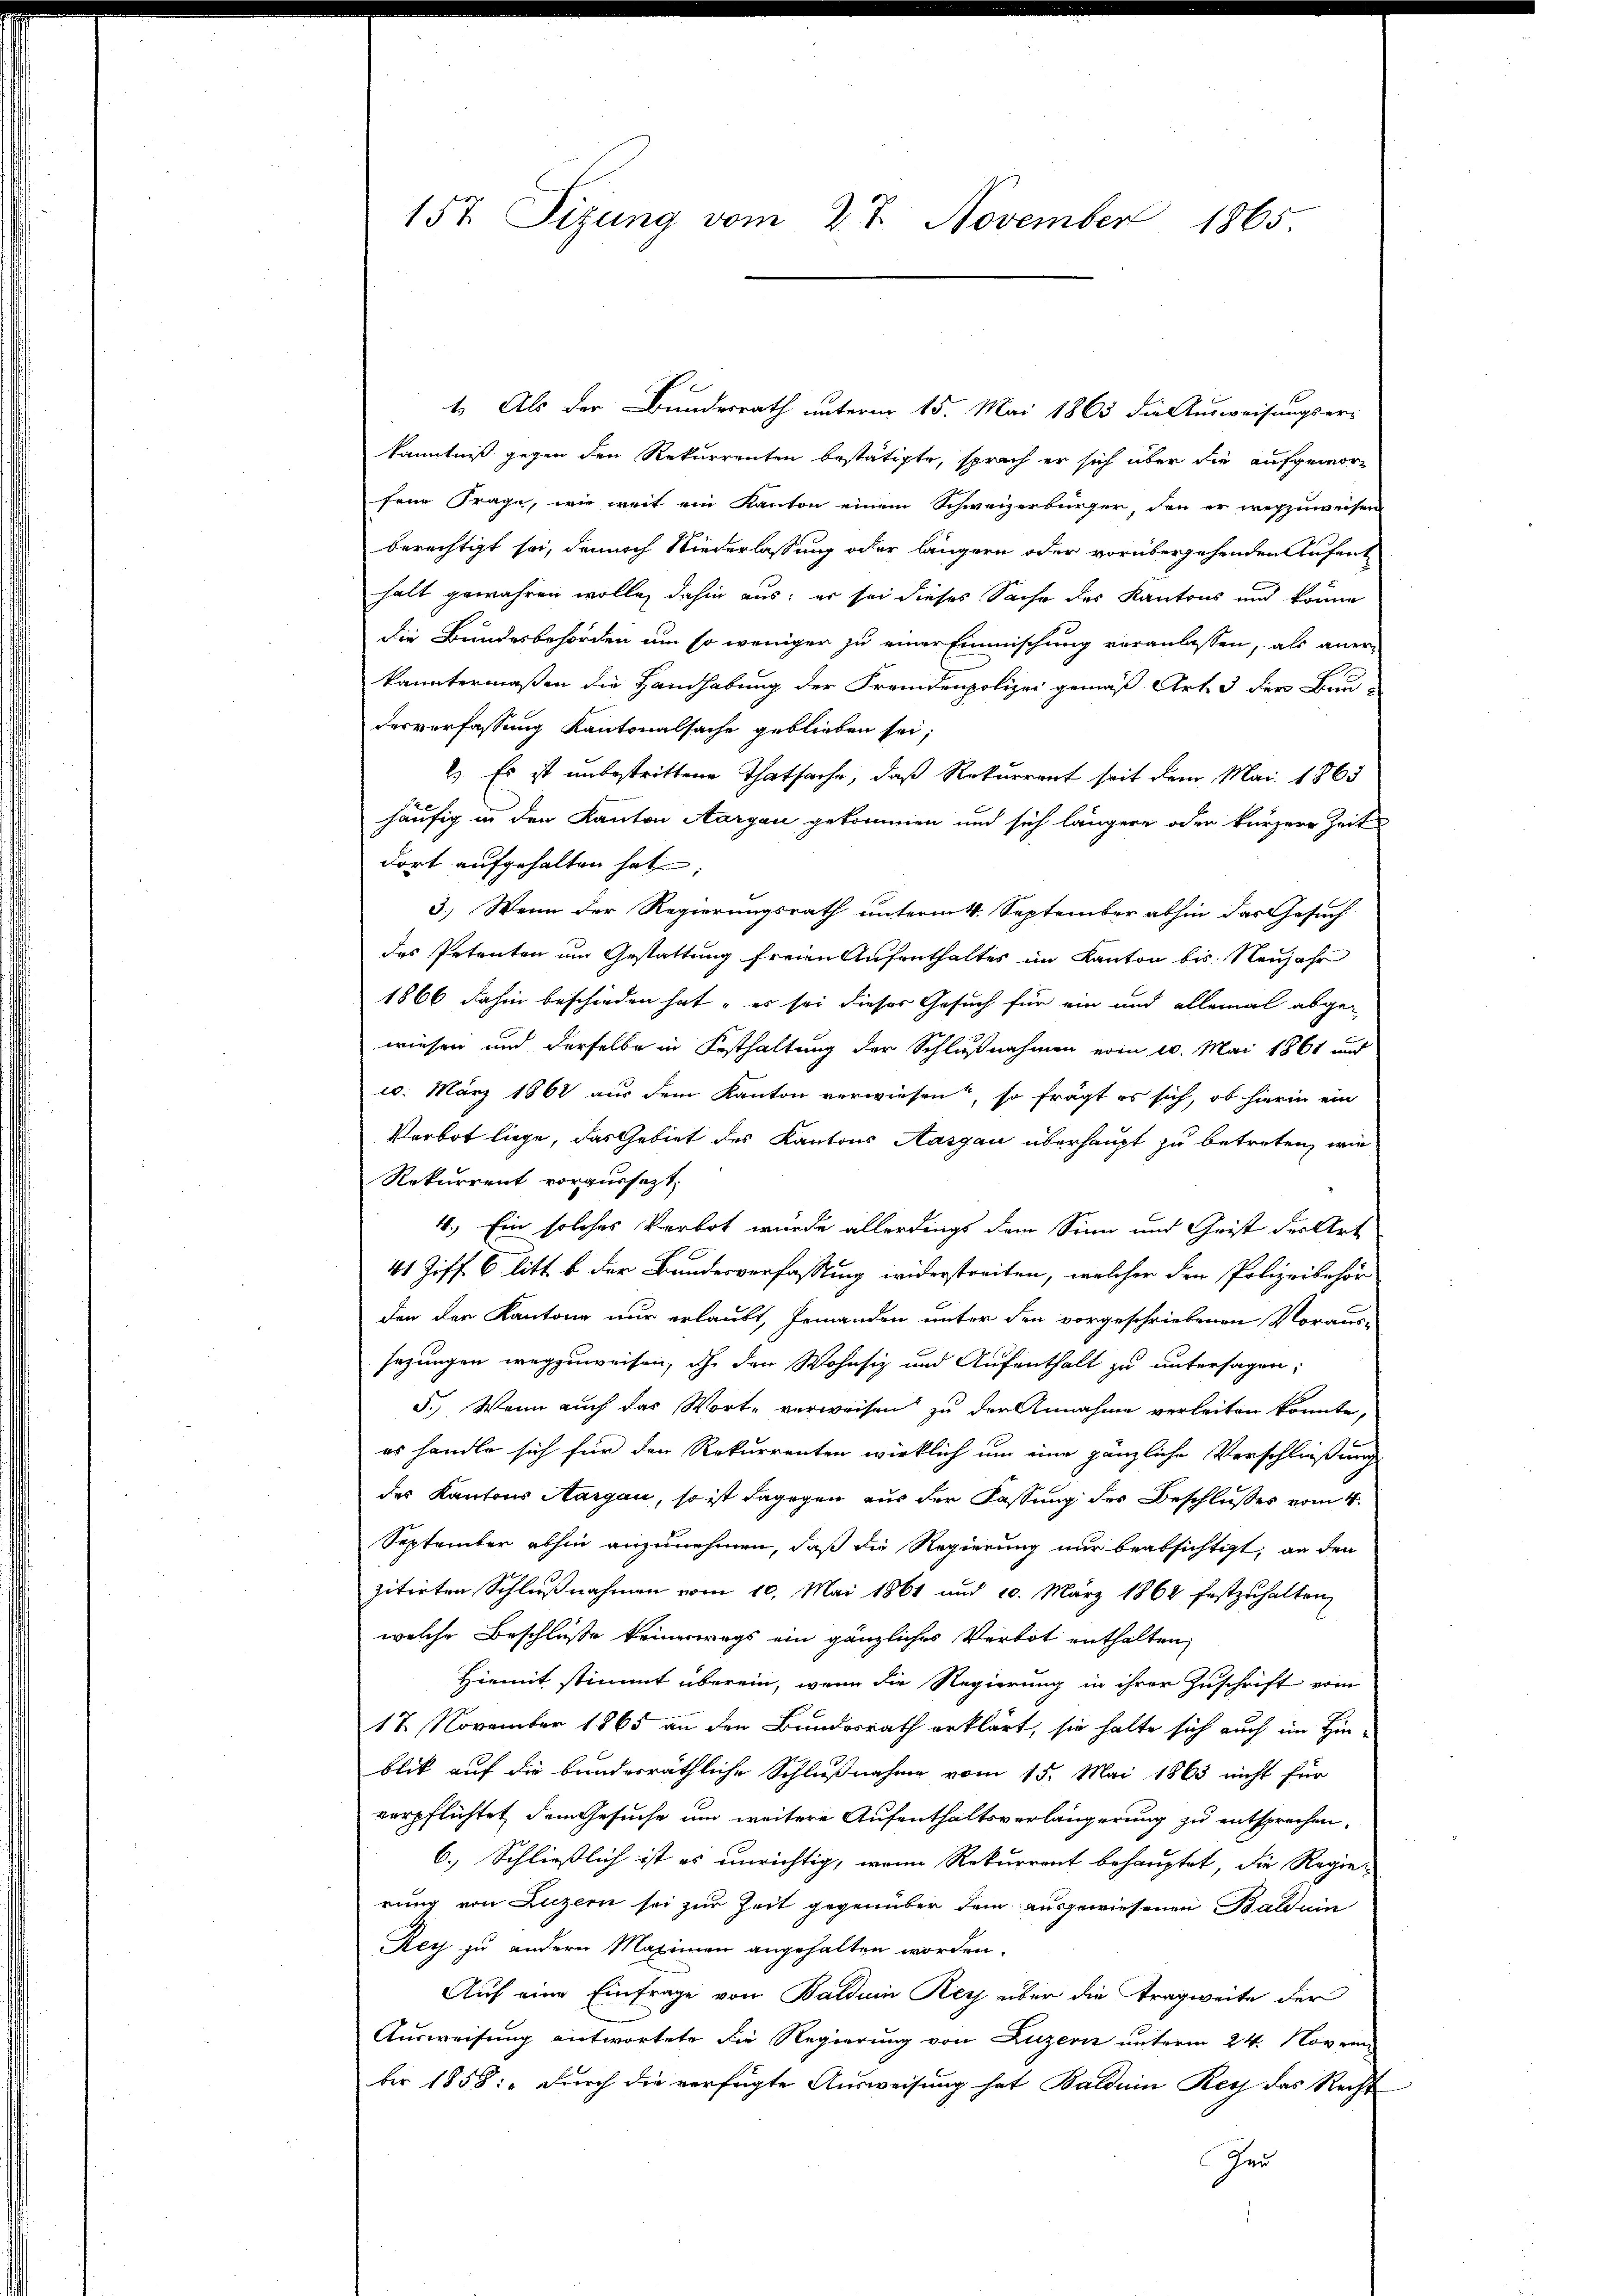
157. Sizung vom 27. November 1865.

1. Als der Bundesrath unterm 15. Mai 1865 die Ausweisungser-
kanntniß gegen den Rekurrenten bestätigte, sprach er sich über die aufgeworfene Frage, wie weit ein Kanton einem Schweizerbürger, den er wegzuweisen
berechtigt sei, dennoch Niederlassung oder längern oder vorübergehenden Aufent
halt gewähren wolle, dahin aus: er sei dieses Sache des Kantons und könne
die Bundesbehörden um so weniger zu einer Einmischung veranlassen, als aner-
kanntermaßen die Handhabung der Fremdenpolizei gemäß Art. 3 der Bau-
desverfassung Kantonalsache geblieben sei;
2). Es ist unbestrittene Thatsache, daß Rekurrent seit dem Mai 1863
häufig in den Kanton Aargau gekommen und sich längere oder kürzere Zeit
dort aufgehalten hat;
3.) Wenn der Regierungsrath unterm 4. September abhin das Gesuch
das Petenten um Gestattung freien Aufenthaltes im Kanton bis Neujahr
1866 dahin beschieden hat es sei dieser Gesuch für ein und allemal abgewiesen und derselbe in Festhaltung der Schließnahmen vom 20. Mai 1861 und
20. März 1861 aus dem Kanton verwiesen, so frägt es sich, ob hierin ein
Verbot liege, das Gebiet des Kantons Aargau überhaupt zu betreten, wie
Rekurrent vorgesezt,
4. Ein solches Verbot wurde allerdings dem Sinn und Crist der Art
41 Ziff. 6 litt b. der Bundesverfassung widerstreiten, welcher den Polizeibehör
den der Kantone nur erlaubt, jemanden unter den vorgeschriebenen Voraus-
sezungen wegzuweisen, ich den Wohnsiz und Aufenthalt zu untersagen;
5.) Wenn auch das Worte verweisen zu der Annahme verleiten konnte,
es handle sich für den Rekurrenten wirklich um eine gänzliche Verschließung
des Kantons Aargau, so ist dagegen aus der Fassung des Beschlusses vom 4.
September abhin anzunehmen, daß die Regierung nur beabsichtigt, an den
zitirten Schlußnahmen vom 10. Mai 1861 und 10. März 1864 festzuhalten,
welche Beschluße keineswegs ein gänzliches Verbot enthalten,
Hiemit stimmt überein, wenn die Regierung in ihrer Zuschrift vom
17. November 1865 an den Bundesrath erklärt, sie halte sich auch im Hinblik auf die bunderräthliche Schließnahme vom 15. Mai 1863 nicht für
verpflichtet dem Gesuche um weitere Aufenthaltsverlängerung zu entsprechen.
6.) Schließlich ist es unrichtig, wenn Rekurrent behauptet, die Regie-
rung von Luzern sei zur Zeit gegenüber dem ausgewiesenen Bald ein
Rey zu andern Maximen angehalten worden.
Auf eine Einfrage von Balduin Rey über die Tragweite der
Ausweisung antwortete die Regierung von Luzern unterm 24. Novem
ber 1858: „durch die verfügte Ausweisung hat Baldein Rey das Recht
Zer